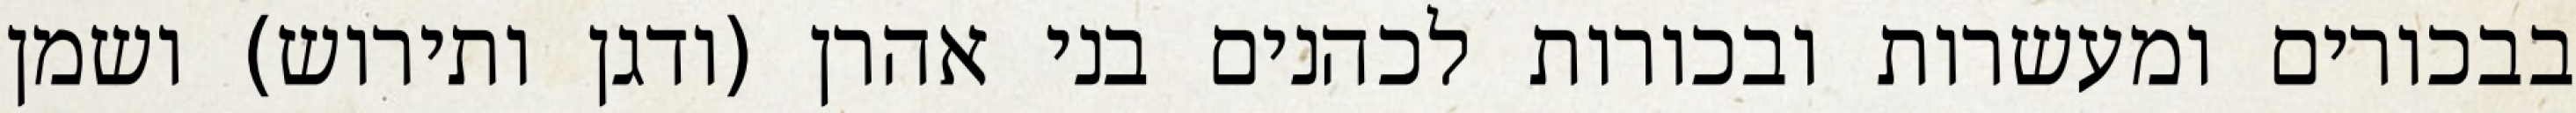
בבכורים ומעשרות ובכורות לכהנים בני אהרן (ודגן ותירוש) ושמן